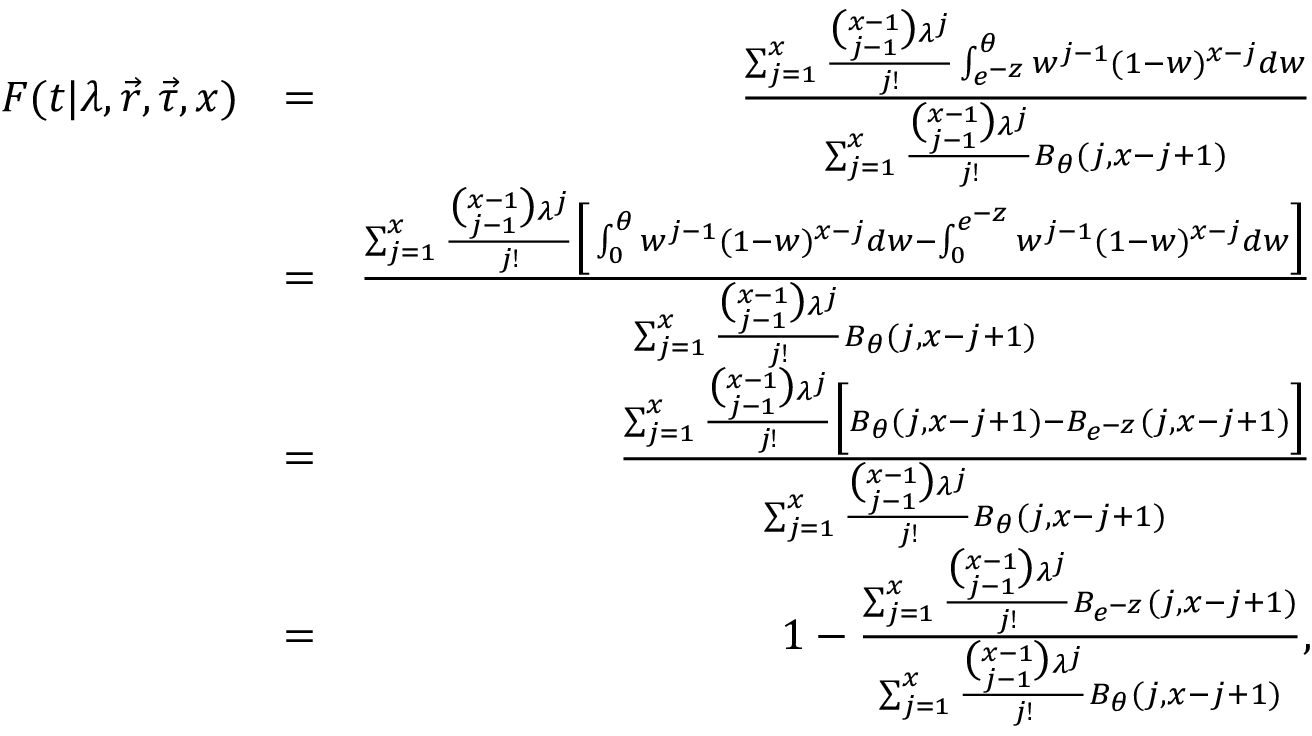
\begin{array} { r l r } { F ( t | \lambda , \vec { r } , \vec { \tau } , x ) } & { = } & { \frac { \sum _ { j = 1 } ^ { x } \frac { \binom { x - 1 } { j - 1 } \lambda ^ { j } } { j ! } \int _ { e ^ { - z } } ^ { \theta } w ^ { j - 1 } ( 1 - w ) ^ { x - j } d w } { \sum _ { j = 1 } ^ { x } \frac { \binom { x - 1 } { j - 1 } \lambda ^ { j } } { j ! } B _ { \theta } ( j , x - j + 1 ) } } \\ & { = } & { \frac { \sum _ { j = 1 } ^ { x } \frac { \binom { x - 1 } { j - 1 } \lambda ^ { j } } { j ! } \Big [ \int _ { 0 } ^ { \theta } w ^ { j - 1 } ( 1 - w ) ^ { x - j } d w - \int _ { 0 } ^ { e ^ { - z } } w ^ { j - 1 } ( 1 - w ) ^ { x - j } d w \Big ] } { \sum _ { j = 1 } ^ { x } \frac { \binom { x - 1 } { j - 1 } \lambda ^ { j } } { j ! } B _ { \theta } ( j , x - j + 1 ) } } \\ & { = } & { \frac { \sum _ { j = 1 } ^ { x } \frac { \binom { x - 1 } { j - 1 } \lambda ^ { j } } { j ! } \Big [ B _ { \theta } ( j , x - j + 1 ) - B _ { e ^ { - z } } ( j , x - j + 1 ) \Big ] } { \sum _ { j = 1 } ^ { x } \frac { \binom { x - 1 } { j - 1 } \lambda ^ { j } } { j ! } B _ { \theta } ( j , x - j + 1 ) } } \\ & { = } & { 1 - \frac { \sum _ { j = 1 } ^ { x } \frac { \binom { x - 1 } { j - 1 } \lambda ^ { j } } { j ! } B _ { e ^ { - z } } ( j , x - j + 1 ) } { \sum _ { j = 1 } ^ { x } \frac { \binom { x - 1 } { j - 1 } \lambda ^ { j } } { j ! } B _ { \theta } ( j , x - j + 1 ) } , } \end{array}